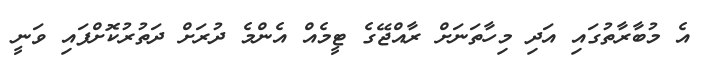
އެ މުބާރާތުގައި އަދި މިހާތަނަށް ރާއްޖޭގެ ޓީމެއް އެންމެ ދުރަށް ދަތުރުކޮށްފައި ވަނީ